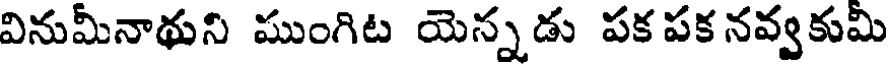
వినుమీనాథుని ముంగిట యెన్నడు పక పక నవ్వకుమి